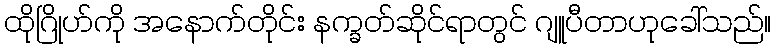
ထိုဂြိုဟ်ကို အနောက်တိုင်း နက္ခတ်ဆိုင်ရာတွင် ဂျူပီတာဟုခေါ်သည်။